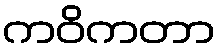
ကဝိကတာ